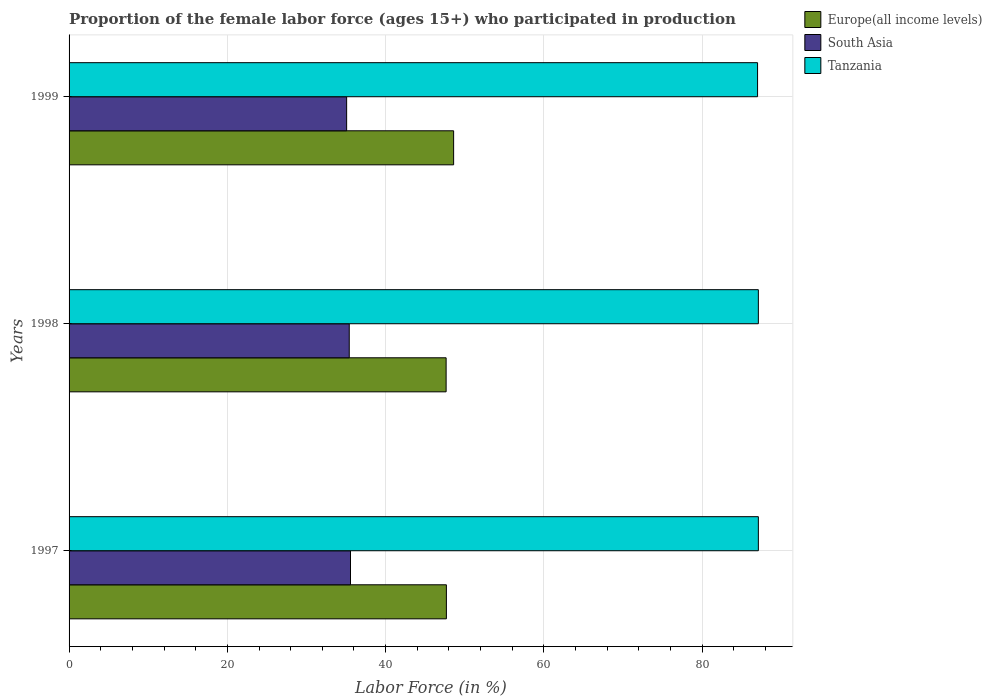
| Years | Europe(all income levels) | South Asia | Tanzania |
 | --- | --- | --- | --- |
 | 1997 | 47.7 | 35.6 | 87.1 |
 | 1998 | 47.6 | 35.4 | 87.1 |
 | 1999 | 48.6 | 35.1 | 87 |